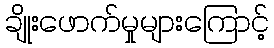
ချိုးဖောက်မှုများကြောင့်